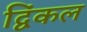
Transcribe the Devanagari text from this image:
द्विंकल